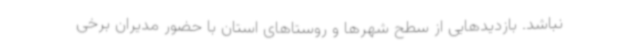
نباشد. بازدیدهایی از سطح شهرها و روستاهای استان با حضور مدیران برخی